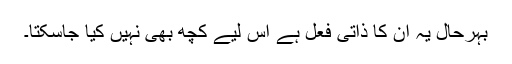
بہرحال یہ ان کا ذاتی فعل ہے اس لیے کچھ بھی نہیں کیا جاسکتا۔